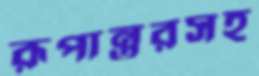
রূপান্তরসহ